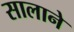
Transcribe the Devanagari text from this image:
सालाने